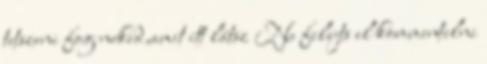
tetszeni fog neked,amit itt látsz Ne felejts el kommentelni